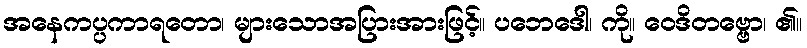
အနေကပ္ပကာရတော၊ များသောအပြားအားဖြင့်။ ပဘေဒေါ၊ ကို။ ဝေဒိတဗ္ဗော၊ ၏။